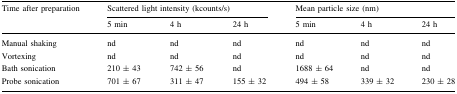
<table><thead><tr><td rowspan="2"><b>Time after preparation</b></td><td colspan="3"><b>Scattered light intensity (kcounts/s)</b></td><td colspan="3"><b>Mean particle size (nm)</b></td></tr><tr><td><b>5 min</b></td><td><b>4 h</b></td><td><b>24 h</b></td><td><b>5 min</b></td><td><b>4 h</b></td><td><b>24 h</b></td></tr></thead><tbody><tr><td>Manual shaking</td><td>nd</td><td>nd</td><td>nd</td><td>nd</td><td>nd</td><td>nd</td></tr><tr><td>Vortexing</td><td>nd</td><td>nd</td><td>nd</td><td>nd</td><td>nd</td><td>nd</td></tr><tr><td>Bath sonication</td><td>210 ± 43</td><td>742 ± 56</td><td>nd</td><td>1688 ± 64</td><td>nd</td><td>nd</td></tr><tr><td>Probe sonication</td><td>701 ± 67</td><td>311 ± 47</td><td>155 ± 32</td><td>494 ± 58</td><td>339 ± 32</td><td>230 ± 28</td></tr></tbody></table>